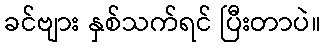
ခင်ဗျား နှစ်သက်ရင် ပြီးတာပဲ။